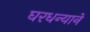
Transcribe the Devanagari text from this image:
घरधन्याने